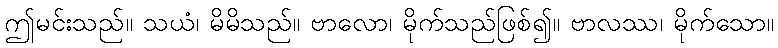
ဤမင်းသည်။ သယံ၊ မိမိသည်။ ဗာလော၊ မိုက်သည်ဖြစ်၍။ ဗာလဿ၊ မိုက်သော။